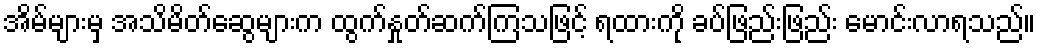
အိမ်များမှ အသိမိတ်ဆွေများက ထွက်နှုတ်ဆက်ကြသဖြင့် ရထားကို ခပ်ဖြည်းဖြည်း မောင်းလာရသည်။